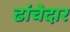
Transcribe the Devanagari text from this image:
ढांचेदार